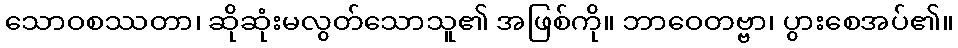
သောဝစဿတာ၊ ဆိုဆုံးမလွတ်သောသူ၏ အဖြစ်ကို။ ဘာဝေတဗ္ဗာ၊ ပွားစေအပ်၏။